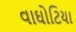
વાઘોટિયા